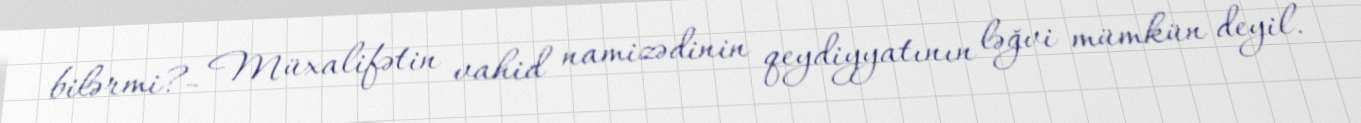
bilərmi?- Müxalifətin vahid namizədinin qeydiyyatının ləğvi mümkün deyil.